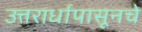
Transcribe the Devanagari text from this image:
उत्तरार्धापासूनचे